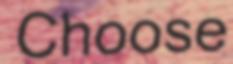
Choose